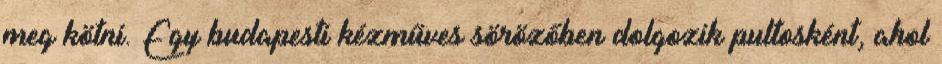
meg kötni. Egy budapesti kézműves sörözőben dolgozik pultosként, ahol